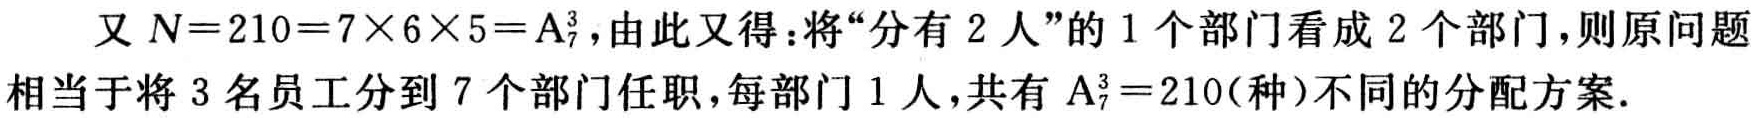
又 \(N = 210=7\times6\times5 = A_{7}^{3}\)，由此又得：将“分有 \(2\) 人”的 \(1\) 个部门看成 \(2\) 个部门，则原问题相当于将 \(3\) 名员工分到 \(7\) 个部门任职，每部门 \(1\) 人，共有 \(A_{7}^{3}=210\)（种）不同的分配方案.